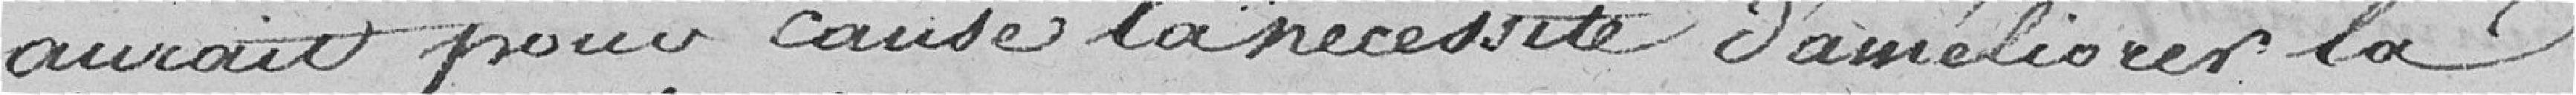
aurait pour cause la nécessité d'améliorer la